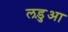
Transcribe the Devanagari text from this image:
लड़ुआ